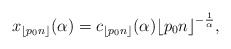
\begin{align*}x_{\lfloor{p_0n}\rfloor}(\alpha)= c_{\lfloor{p_0n}\rfloor}(\alpha){\lfloor{p_0n}\rfloor}^{-\frac{1}{\alpha}},\end{align*}